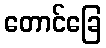
တောင်ခြေ